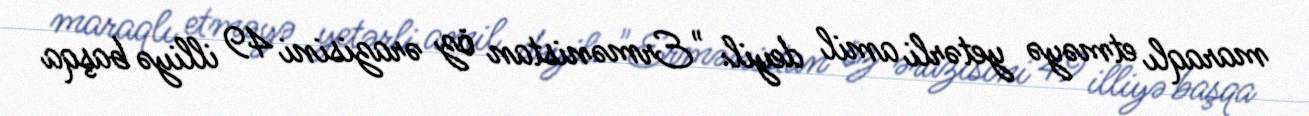
maraqlı etməyə yetərli amil deyil: "Ermənistan öz ərazisini 49 illiyə başqa